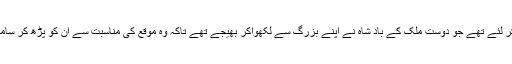
نیک دل باد شاہ نے وہ سارے کلمات بہت اچھی طرح ذہن نشین کر لئے تھے جو دوست ملک کے باد شاہ نے اپنے بزرگ سے لکھواکر بھیجے تھے تاکہ وہ موقع کی مناسبت سے ان کو پڑھ کر سامری جادو گر پر پھونک کر اس کی اصلیت کو بھانڈا پھوڑ سکے۔